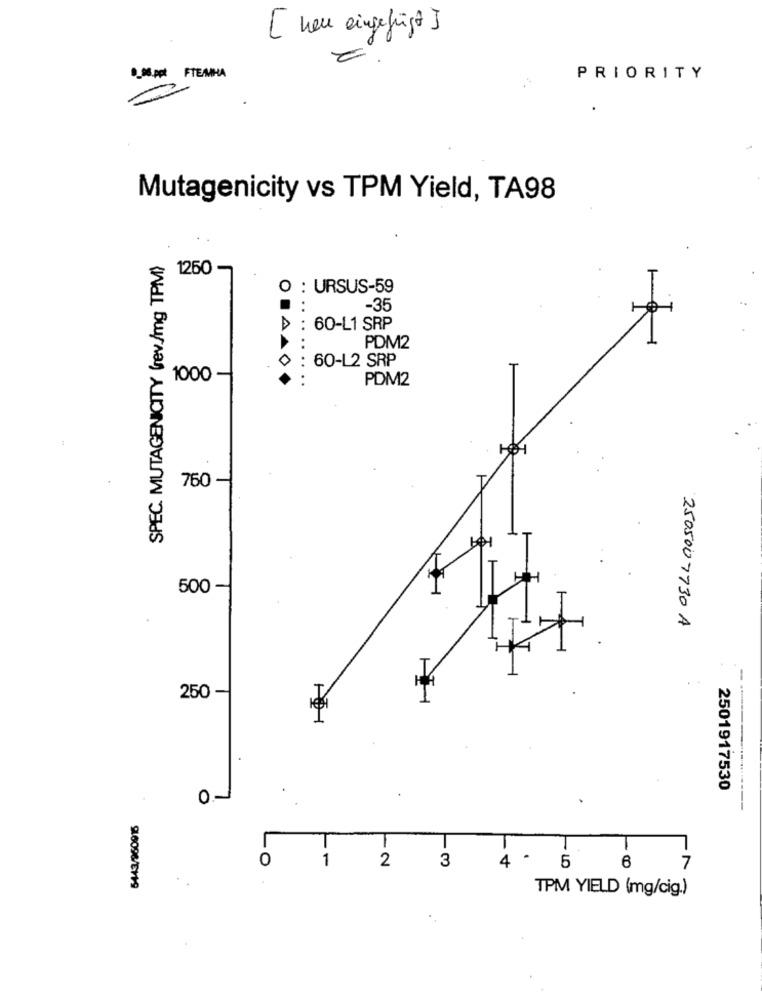
[ neu eingefügt ]
.8 pt FTENHA
PRIORITY
Mutagenicity vs TPM Yield, TA98
SPEC. MUTAGENICITY (rev./mg TPM)
1260
O : URSUS-59
-35
....
>: 60-L1 SRP
PDM2
: 60-L2 SRP
1000 -
......
PDM2
760 -
500
2505007730 A
250 -
I
I
.
2501917530
O
T
1
2
3
4 .
O
5
6
7
916096/EV19
TPM YIELD (mg/cig.)